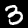
Digit: 3